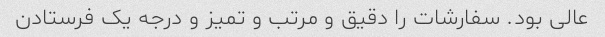
عالی بود. سفارشات را دقیق و مرتب و تمیز و درجه یک فرستادن